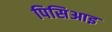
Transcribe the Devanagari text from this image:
पिसिआइ